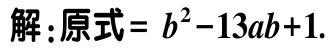
解：原式= \(b^{2}-13ab + 1\).